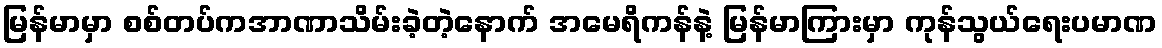
မြန်မာမှာ စစ်တပ်ကအာဏာသိမ်းခဲ့တဲ့နောက် အမေရိကန်နဲ့ မြန်မာကြားမှာ ကုန်သွယ်ရေးပမာဏ